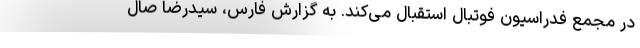
در مجمع فدراسیون فوتبال استقبال می‌کند. به گزارش فارس، سیدرضا صال